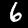
Label: 6